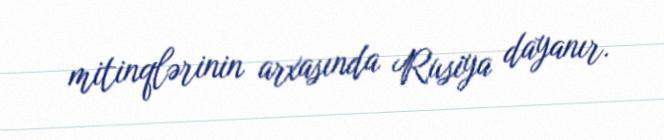
mitinqlərinin arxasında Rusiya dayanır.